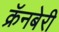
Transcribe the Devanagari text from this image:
क्रॅनबेरी